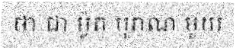
ថា ជា ម៉ូត បុរាណ មួយ